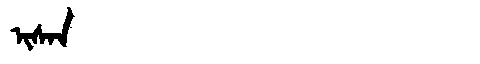
Manchu: ᡳᠰᠠᠨ
Romanization: ISAN